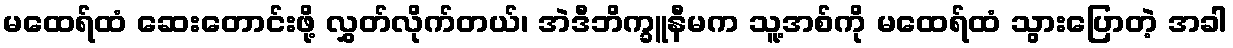
မထေရ်ထံ ဆေးတောင်းဖို့ လွှတ်လိုက်တယ်၊ အဲဒီဘိက္ခူနီမက သူ့အစ်ကို မထေရ်ထံ သွားပြောတဲ့ အခါ